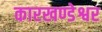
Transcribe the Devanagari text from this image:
कारखण्डेश्वर